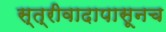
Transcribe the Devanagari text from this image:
स्त्रीवादापासूनच